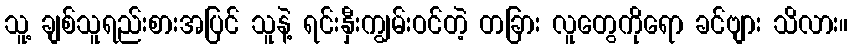
သူ့ ချစ်သူရည်းစားအပြင် သူနဲ့ ရင်းနှီးကျွမ်းဝင်တဲ့ တခြား လူတွေကိုရော ခင်ဗျား သိလား။